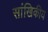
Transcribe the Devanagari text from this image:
सांखिकीय